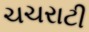
ચચરાટી